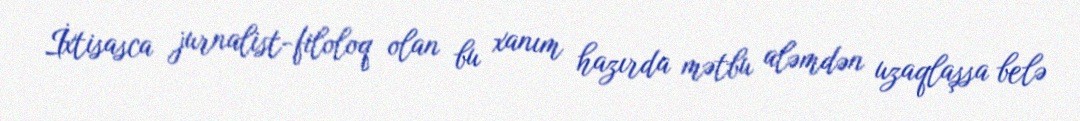
İxtisasca jurnalist-filoloq olan bu xanım hazırda mətbu aləmdən uzaqlaşsa belə